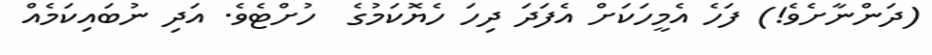
(ދަންނާށެވެ!) ފަހެ އެމީހަކަށް އެފަދަ ދިހަ ހެޔޮކަމުގެ  ހުށްޓެވެ. އަދި ނުބައިކަމެއް